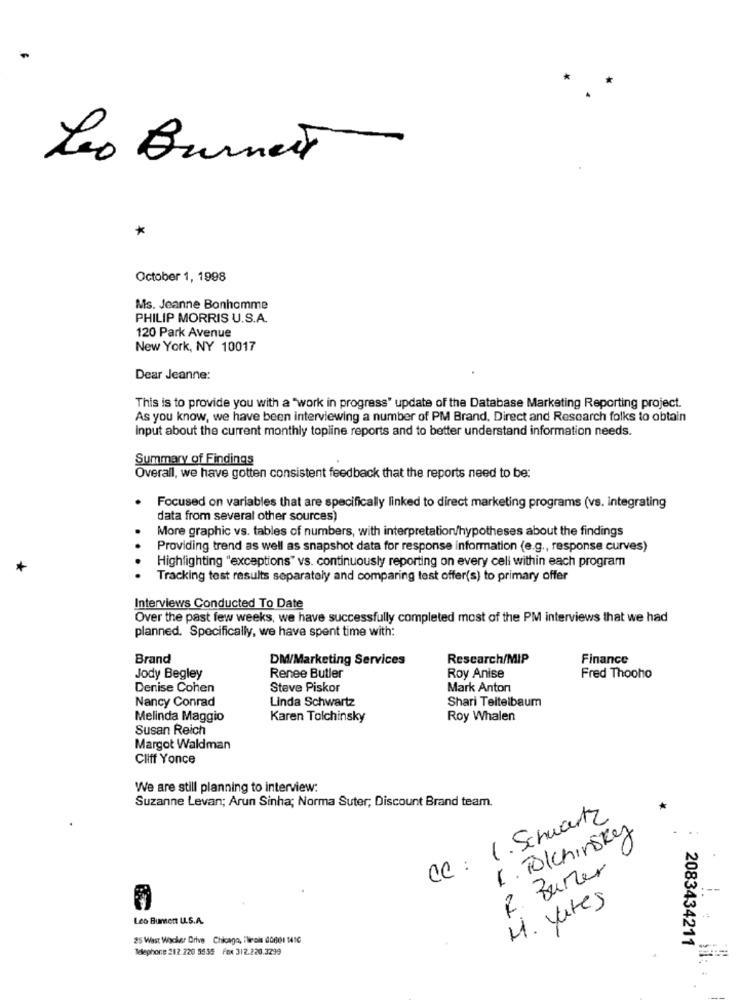
*
Leo Burnett
*
October 1, 1998
Ms. Jeanne Bonhomme
PHILIP MORRIS U.S.A.
120 Park Avenue
New York, NY 10017
Dear Jeanne:
This is to provide you with a "work in progress" update of the Database Marketing Reporting project.
As you know, we have been interviewing a number of PM Brand, Direct and Research folks to obtain
input about the current monthly topline reports and to better understand information needs.
Summary of Findings
Overall, we have gotten consistent feedback that the reports need to be:
Focused on variables that are specifically linked to direct marketing programs (vs. integrating
data from several other sources)
More graphic vs. tables of numbers, with interpretation/hypotheses about the findings
Providing trend as well as snapshot data for response information (e.g ., response curves)
Highlighting "exceptions" vs. continuously reporting on every cell within each program
+
Tracking test results separately and comparing test offer(s) to primary offer
Interviews Conducted To Date
Over the past few weeks, we have successfully completed most of the PM interviews that we had
planned. Specifically, we have spent time with:
Brand
DM/Marketing Services
Rescarch/MIP
Finance
Jody Begley
Renee Butler
Roy Anise
Fred Thooho
Denise Cohen
Steve Piskor
Mark Anton
Nancy Conrad
Linda Schwartz
Shari Teitelbaum
Melinda Maggio
Karen Tolchinsky
Roy Whalen
Susan Reich
Margot Waldman
Cliff Yonce
We are still planning to interview:
Suzanne Levan; Arun Sinha; Norma Suter; Discount Brand team.
*
CC: 1. Schwartz
1. TolChinsky
R. Burner
M. yates
Les Bument U.S.A.
25 West Wocher Drive Chicago, Flinois 00601 1450
Telephone 212 220 5539 Fox 312.220.3299
2083434211